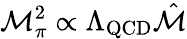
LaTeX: \mathcal{M}_{\pi}^{2}\propto\Lambda_{\mathrm{{QCD}}}\hat{{\mathcal{M}}}